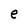
Character: e